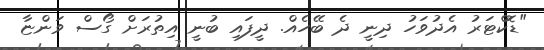
"ޑޮކްޓަރު އެދުވަހު ދިނީ ދެ ބޭހެއް. ދީފައި ބުނީ އިތުރަށް ގޯސް ވަންޏާ